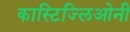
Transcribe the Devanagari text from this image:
कास्टिज्लिओनी